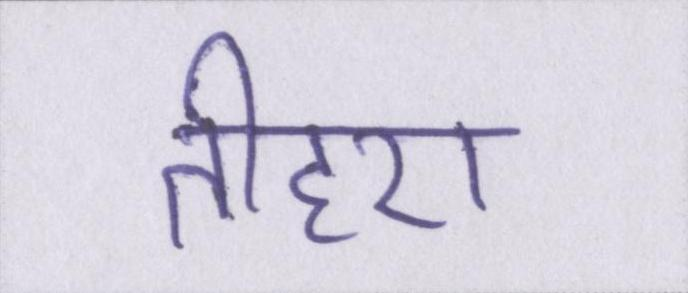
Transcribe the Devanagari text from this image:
तीहरा